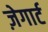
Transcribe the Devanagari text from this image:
ज़ेगार्ट